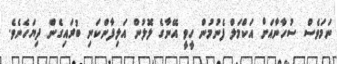
ނަމަވެސް ސުހާނާއަށް އަކްމަލް ފެނުމުން ހީވީ އޭނާގެ ލޮލުން އަލިފާންކަނި ބުރައިގެން ދިޔަހެނެވެ.